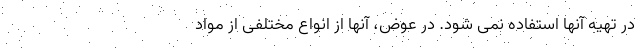
در تهیه آنها استفاده نمی شود. در عوض، آنها از انواع مختلفی از مواد